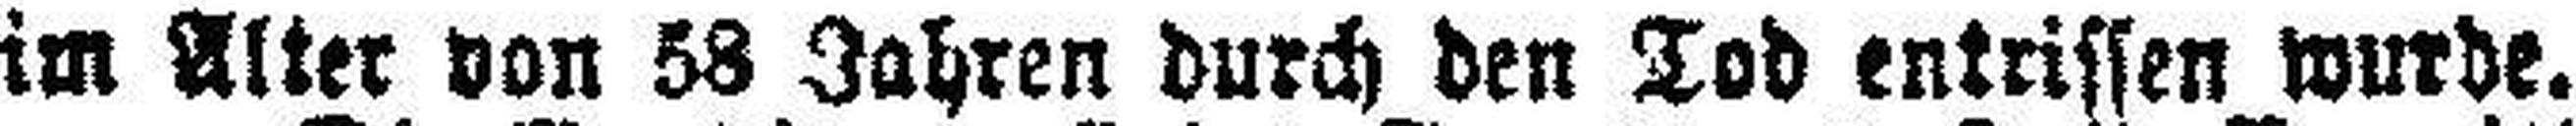
im Alter von 58 Jahren durch den Tod entrissen wurde.